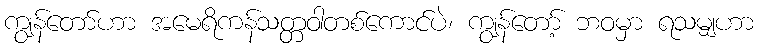
ကျွန်တော်ဟာ အမေရိကန်သတ္တဝါတစ်ကောင်ပဲ၊ ကျွန်တော့် ဘဝမှာ ရသမျှဟာ